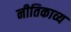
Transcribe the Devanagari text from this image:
नीतिकाव्य